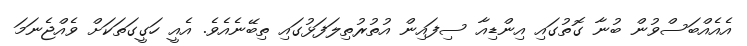
އެއެއްބަސްވުން ބުނާ ގޮތުގައި އިންޑިއާ ސިފައިން އުތުރުތިލަފަޅުގައި ތިބޭނެއެވެ. އެއީ ހަގީގަތަކަށް ވެއްޖެނަމަ